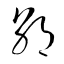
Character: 朝